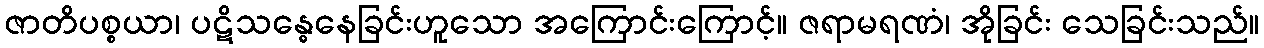
ဇာတိပစ္စယာ၊ ပဋိသန္ဓေနေခြင်းဟူသော အကြောင်းကြောင့်။ ဇရာမရဏံ၊ အိုခြင်း သေခြင်းသည်။